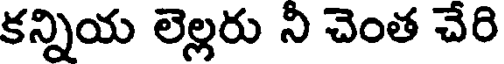
కన్నియ లెల్లరు నీ చెంత చేరి